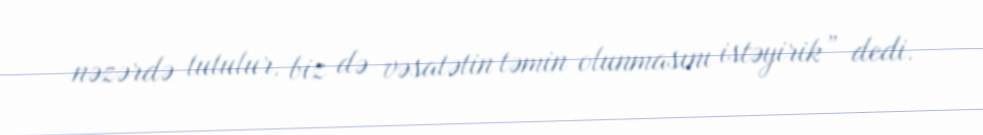
nəzərdə tutulur, biz də vəsatətin təmin olunmasını istəyirik” dedi.